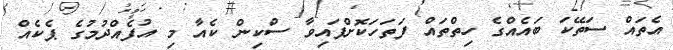
އެތައް ސަތޭކަ ބައެއްގެ ހިތްތައް ފަތަހަކޮށްފައިވާ ސްކިން ކެއާ މި އުފެއްދުމުގެ ޕެކެއް